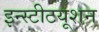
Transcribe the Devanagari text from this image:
इन्स्टीटयूशन